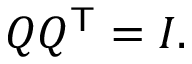
Q Q ^ { \mathsf { T } } = I .